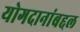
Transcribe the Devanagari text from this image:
योगदानांबद्दल